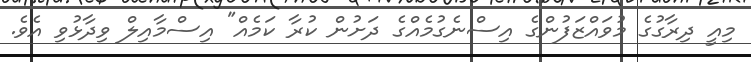
މިއީ ދިރާގުގެ މުވައްޒަފުންގެ އިސްނެގުމެއްގެ ދަށުން ކުރާ ކަމެއް" އިސްމާއިލް ވިދާޅުވި އެވެ.